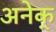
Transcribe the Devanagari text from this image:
अनेक्